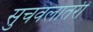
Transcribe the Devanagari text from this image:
सुचवलातरी